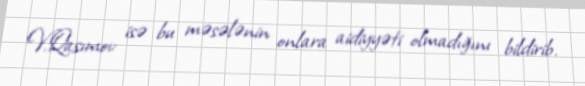
V.Qasımov isə bu məsələnin onlara aidiyyəti olmadığını bildirib.